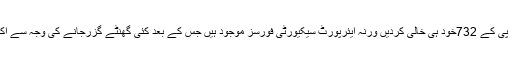
مسافروں کا کہناتھاکہ عملے نے واضح الفاظ میں کہاکہ متبادل جہاز دیں گے ، پی کے 732خود ہی خالی کردیں ورنہ ایئرپورٹ سیکیورٹی فورسز موجود ہیں جس کے بعد کئی گھنٹے گزرجانے کی وجہ سے اکتائے ہوئے مسافروں میں سے کچھ نے جہاز خالی کردیاجبکہ کچھ ڈٹے رہے ۔